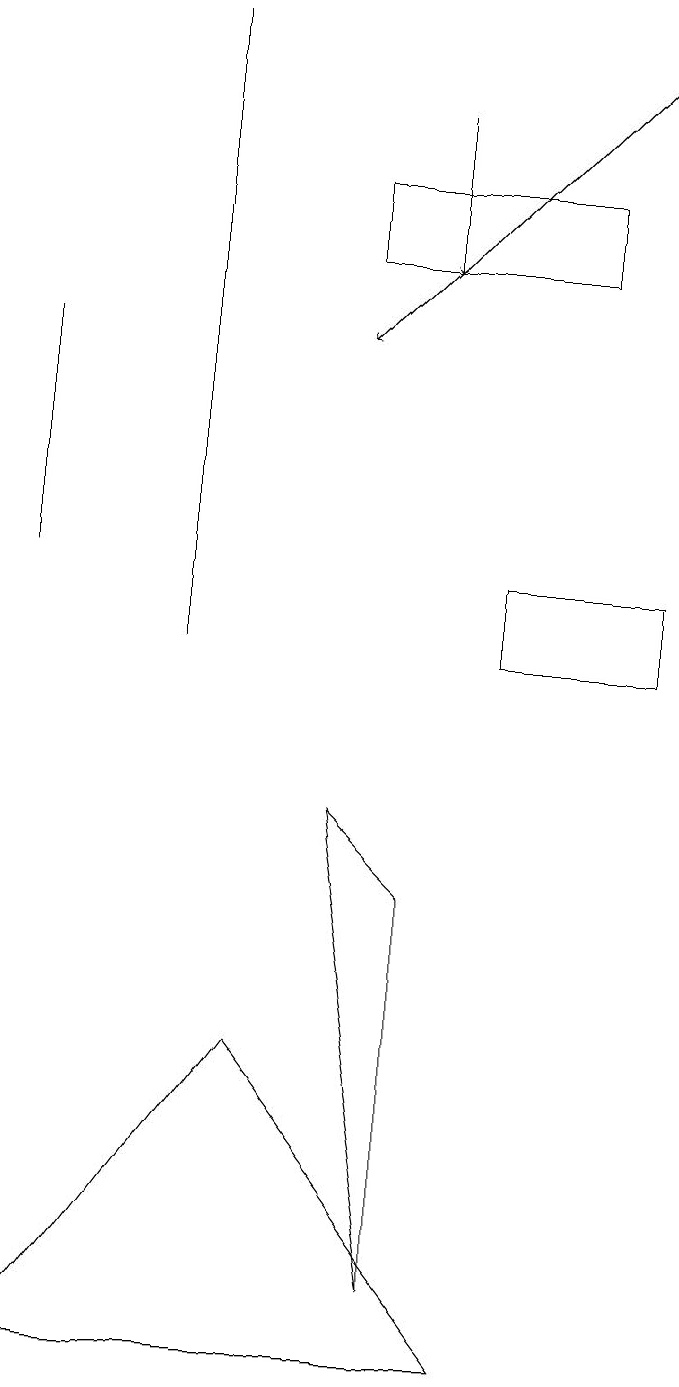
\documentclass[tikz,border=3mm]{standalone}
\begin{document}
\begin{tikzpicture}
\draw (4,5) -- (1,1) -- (7,1) -- cycle;
\draw (6,2) -- (5,8) -- (6,7) -- cycle;
\draw (8,15) rectangle (5,16);
\draw[->] (9,18) -- (5,14);
\draw[->] (6,17) -- (6,15);
\draw (1,11) rectangle (1,14);
\draw (3,18) rectangle (3,10);
\draw (7,10) rectangle (9,11);
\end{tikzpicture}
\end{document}